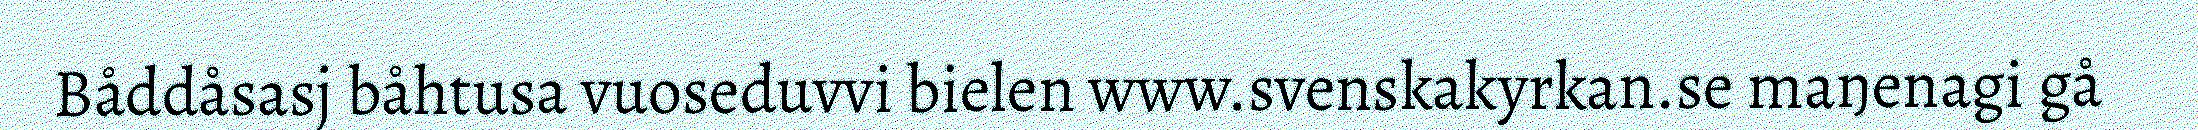
Båddåsasj båhtusa vuoseduvvi bielen www.svenskakyrkan.se maŋenagi gå